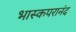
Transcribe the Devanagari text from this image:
भास्कपरानंद